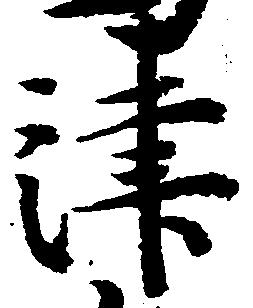
津